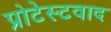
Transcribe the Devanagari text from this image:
प्रोटेस्टवाद